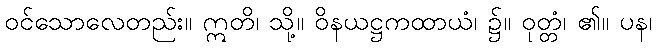
ဝင်သောလေတည်း။ ဣတိ၊ သို့။ ဝိနယဋ္ဌကထာယံ၊ ၌။ ဝုတ္တံ၊ ၏။ ပန၊